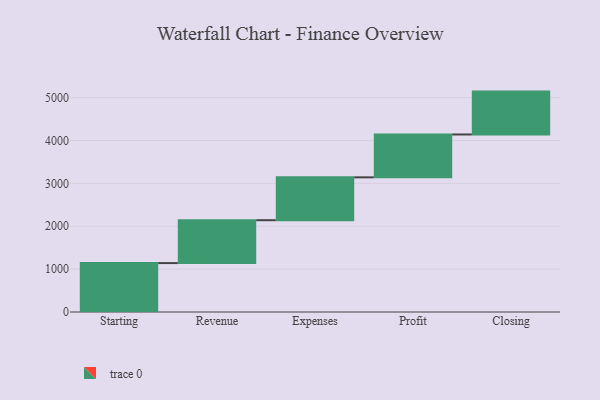
{"axis": {"x": "Step", "y": "Value"}, "legend": [""], "data": [{"x": "Starting", "y": 1141.0, "type": ""}, {"x": "Revenue", "y": 1000, "type": ""}, {"x": "Expenses", "y": 1000, "type": ""}, {"x": "Profit", "y": 1000, "type": ""}, {"x": "Closing", "y": 1000, "type": ""}]}